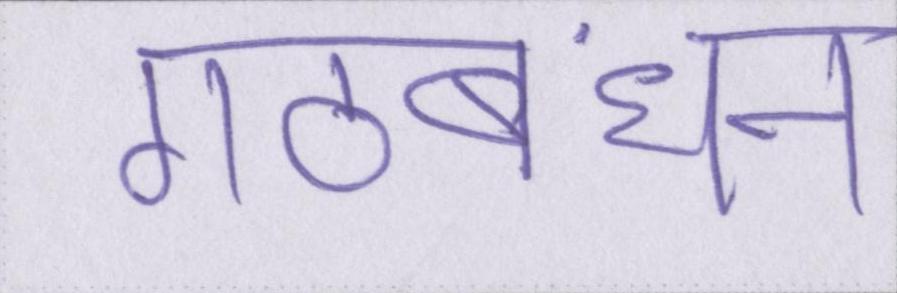
गठबंधन